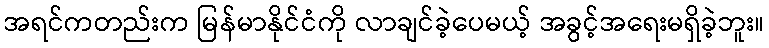
အရင်ကတည်းက မြန်မာနိုင်ငံကို လာချင်ခဲ့ပေမယ့် အခွင့်အရေးမရှိခဲ့ဘူး။